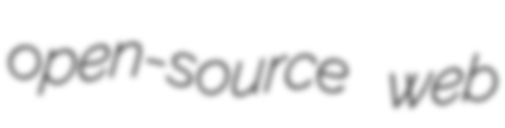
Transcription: open-source web